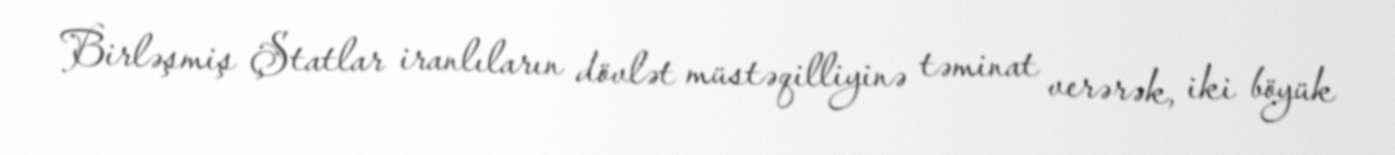
Birləşmiş Ştatlar iranlıların dövlət müstəqilliyinə təminat verərək, iki böyük